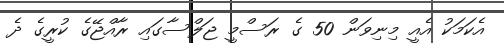
އެކަމަކު އެއީ މިނިވަން 50 ގެ ރަސްމީ ޖަލްސާގައި ރާއްޖޭގެ ކުރީގެ ދެ